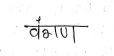
मजकूर: वंगण